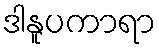
ဒါနူပကာရာ